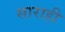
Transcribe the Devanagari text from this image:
साराही